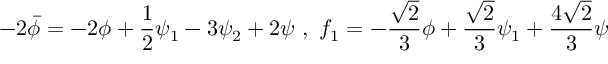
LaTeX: - 2 \bar { \phi } = - 2 \phi + \frac { 1 } { 2 } \psi _ { 1 } - 3 \psi _ { 2 } + 2 \psi \ , \ f _ { 1 } = - \frac { \sqrt { 2 } } { 3 } \phi + \frac { \sqrt { 2 } } { 3 } \psi _ { 1 } + \frac { 4 \sqrt { 2 } } { 3 } \psi